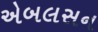
એબલસન